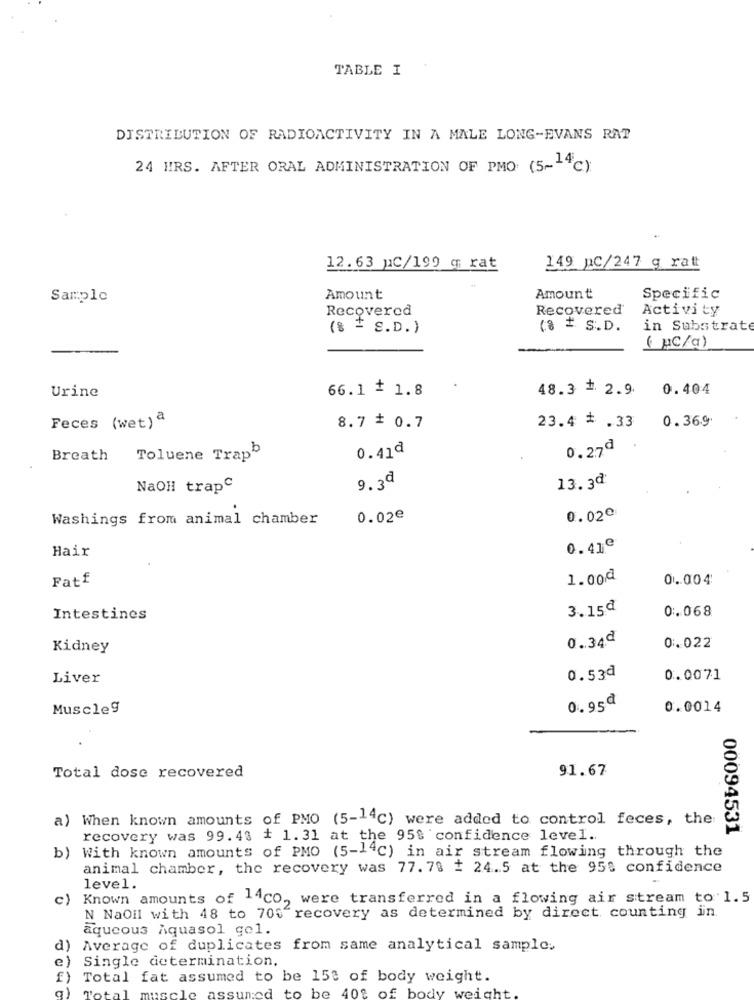
TABLE I
DISTRIBUTION OF RADIOACTIVITY IN A MALE LONG-EVANS RAT
24 HRS. AFTER ORAL ADMINISTRATION OF PMO: (5-14℃)
12.63 uC/199 q rat
149 pC/247 g ratt
Sample
Amount
Amount
Specific
Recovered
Recovered'
Activity
($ = g.D. )
(8 # S.D.
in Substrate
( AC/a)
Urine
66.1 + 1.8
48.3 + 2.9
0.404
0.369
Feces (wet)ª
8.7 + 0.7
23.4 * . 33
0.41₫
0.27ª
Breath
Toluene TrapD
9.3ª
13.3ª
NaOH trapC
Washings from animal chamber
0.02€
0.02€
Hair
0.41º
Fatf
1.00₫
0.004
3.15ª
0.068
Intestines
0.34ª
Kidney
0.022
Liver
0.53ª
0.0071
0.95ª
Muscle9
0.0014
91.67
Total dose recovered
a) When known amounts of PMO (5-14℃) were added to control feces, the:
00094531
recovery was 99.43 + 1.31 at the 95% confidence level ..
b) With known amounts of PMO (5-14℃) in air stream flowing through the
animal chamber, the recovery was 77. 78 # 24.5 at the 950 confidence
level.
c)
Known amounts of 14Co, were transferred in a flowing air stream to 1.5
N NaOil with 48 to 700 recovery as determined by direct counting in.
aqueous Aquasol gel.
d)
Average of duplicates from same analytical sample.
e)
Single determination.
f)
Total fat assumed to be 150 of body weight.
to
40% of
red
be
body weight